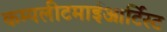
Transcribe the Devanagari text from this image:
कम्पलीटमाईआर्टिस्ट